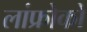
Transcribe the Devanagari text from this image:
लांफ्रोको